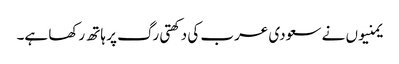
یمنیوں نے سعودی عرب کی دکھتی رگ پر ہاتھ رکھا ہے۔